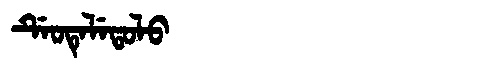
Manchu: ᡩᡝᠣᡨᡝᠯᡝᡨᠣᠯᠣ
Romanization: DEOTELETOLO